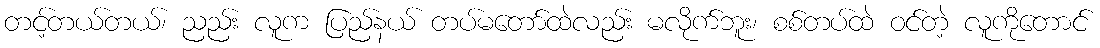
တင့်တယ်တယ်၊ ညည်း လူက ပြည်နယ် တပ်မတော်ထဲလည်း မလိုက်ဘူး၊ စစ်တပ်ထဲ ဝင်တဲ့ လူကိုတောင်